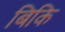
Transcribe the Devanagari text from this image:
बिकि